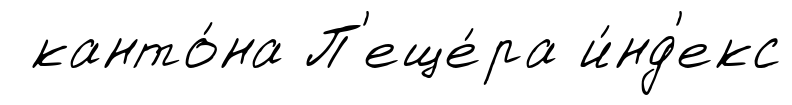
канто́на П'еще́ра и́нд'екс